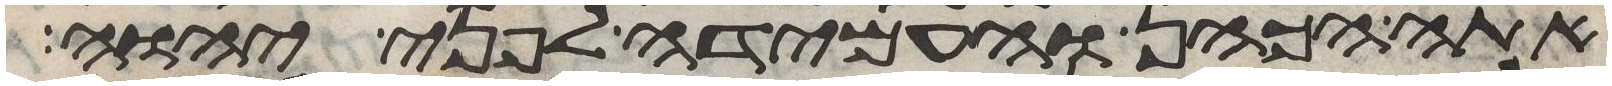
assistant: אתה הכהן והעמידה לפני יהוה